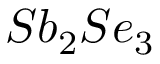
S b _ { 2 } S e _ { 3 }